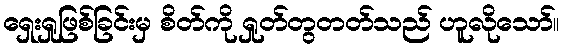
ရှေးရှုဖြစ်ခြင်းမှ စိတ်ကို ရှုတ်တွတတ်သည် ဟူလိုသော်။